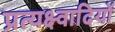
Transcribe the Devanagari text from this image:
प्रत्यक्ष्वादियों